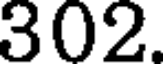
302.